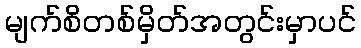
မျက်စိတစ်မှိတ်အတွင်းမှာပင်